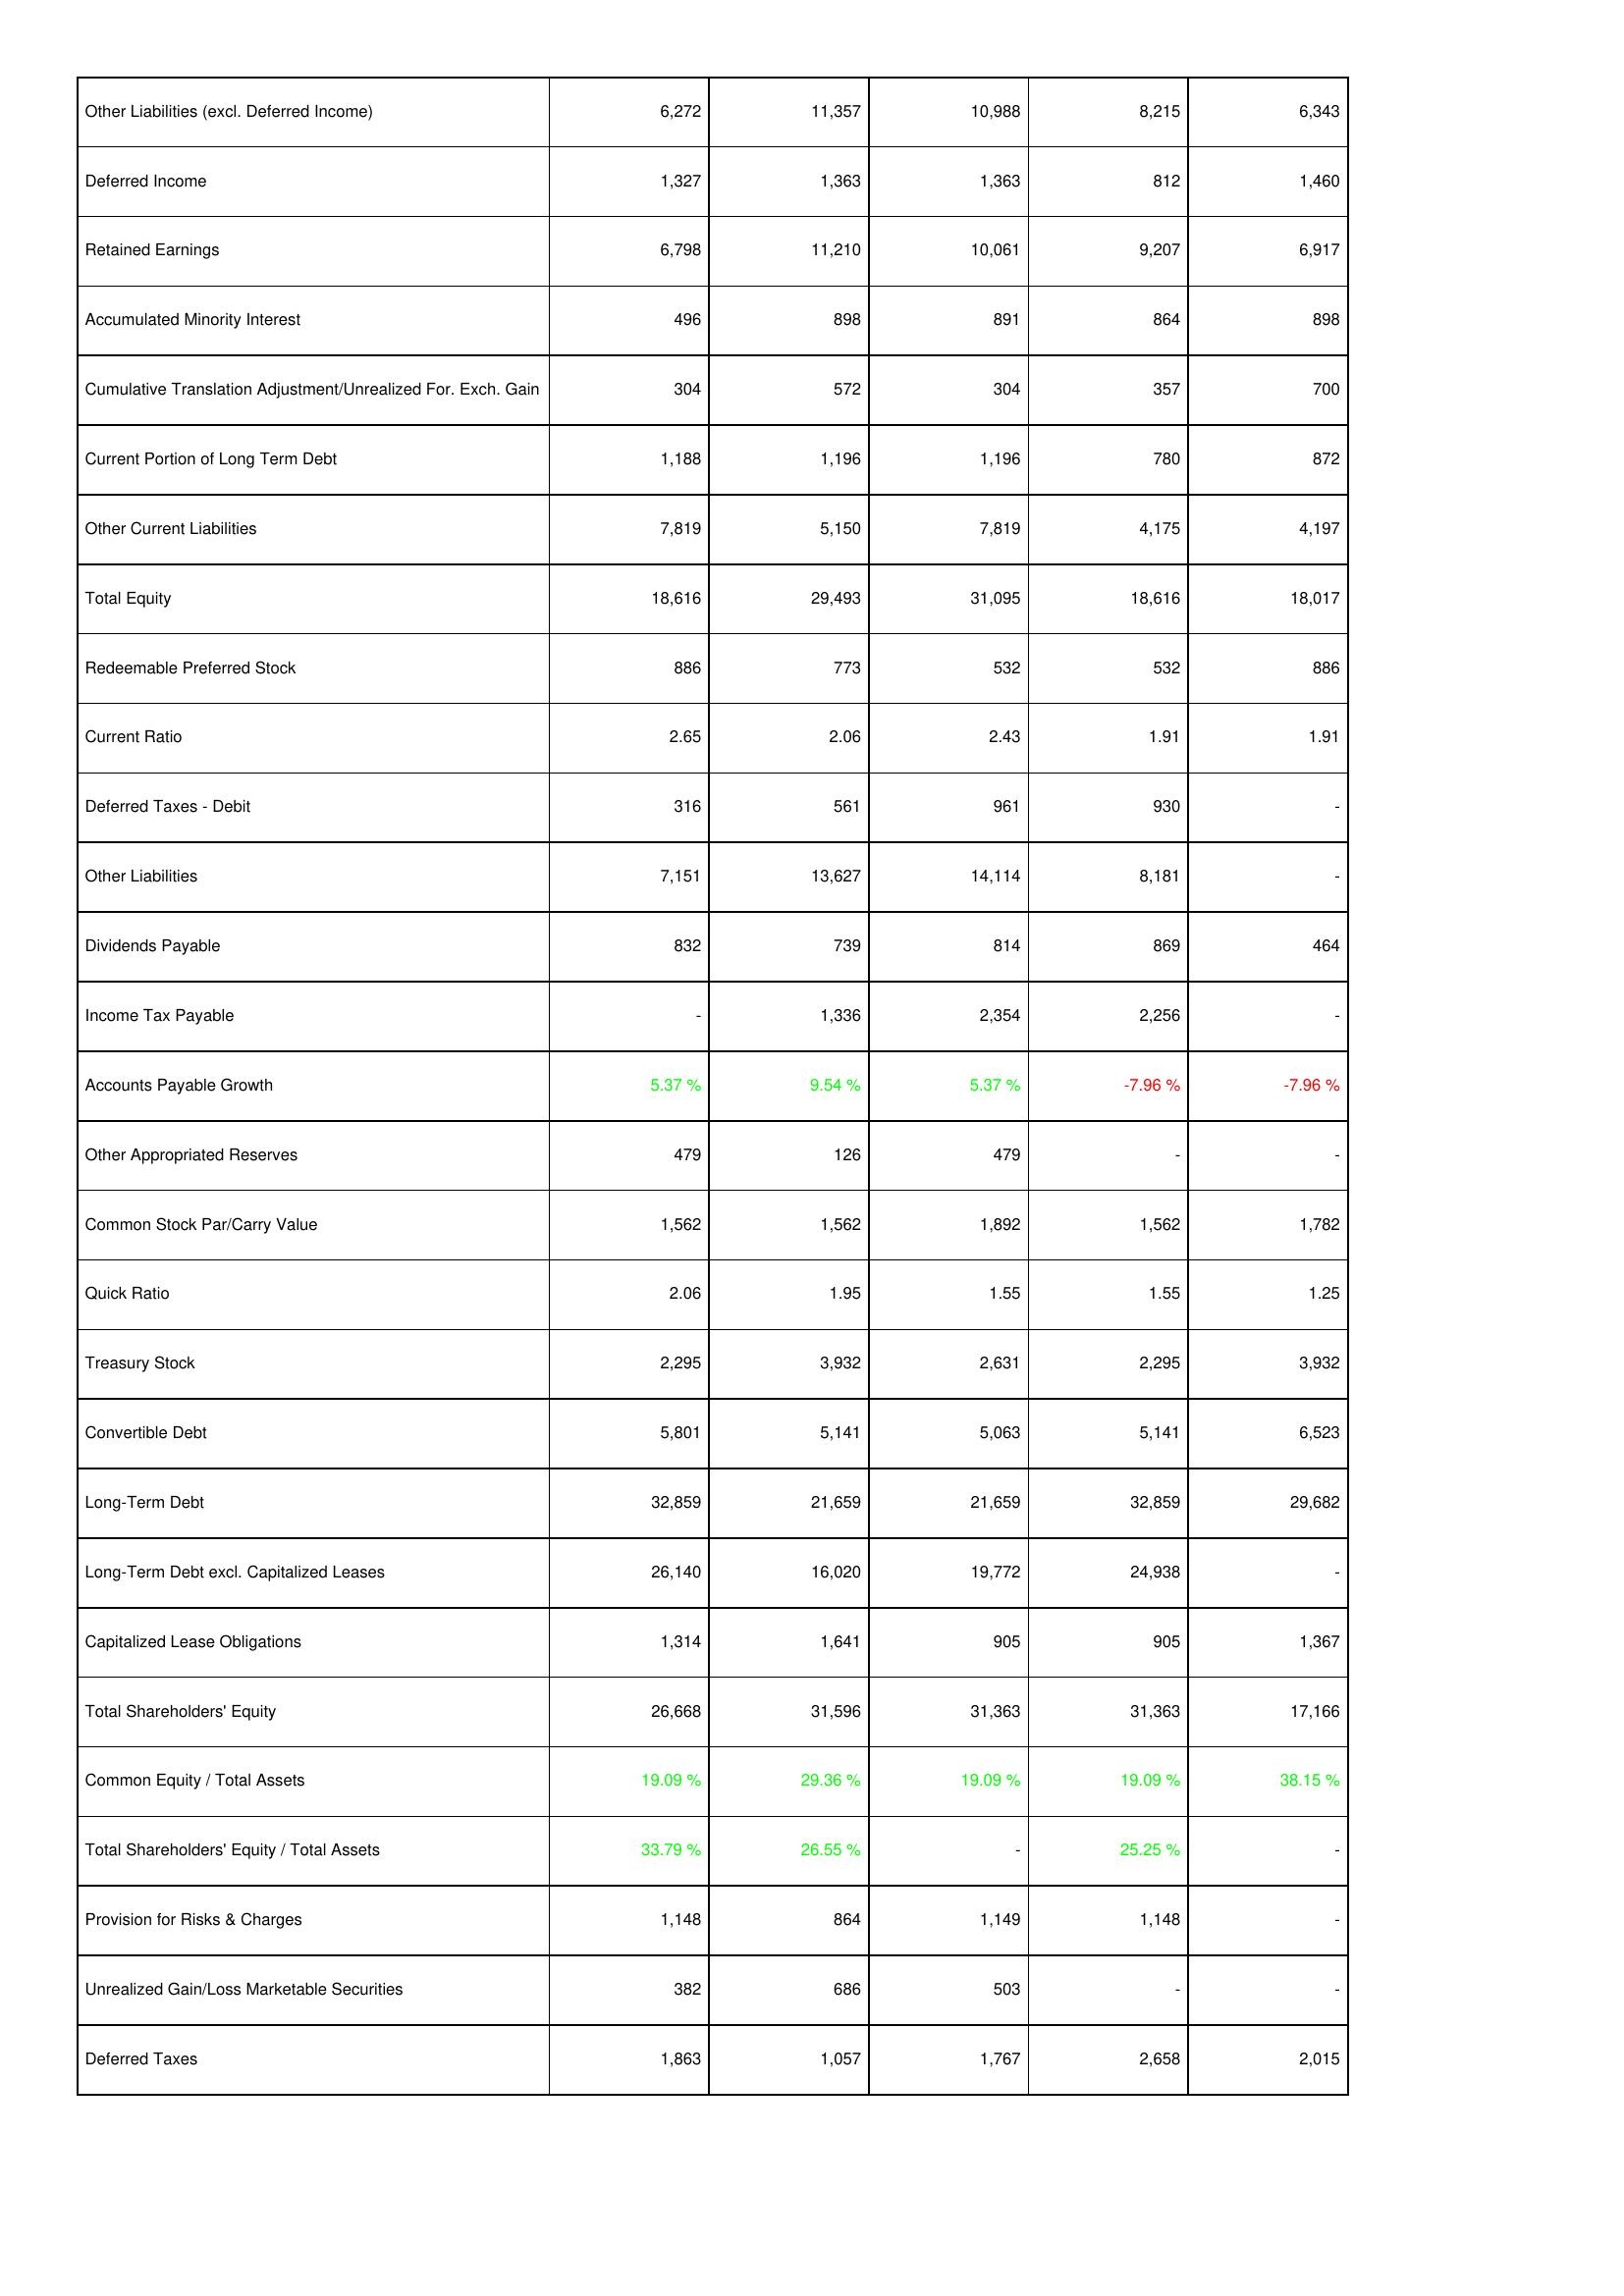
2024: Liabilities & Shareholders' Equity: Other Liabilities (excl. Deferred Income): 6,272
Deferred Income: 1,327
Retained Earnings: 6,798
Accumulated Minority Interest: 496
Cumulative Translation Adjustment/Unrealized For. Exch. Gain: 304
Current Portion of Long Term Debt: 1,188
Other Current Liabilities: 7,819
Total Equity: 18,616
Redeemable Preferred Stock: 886
Current Ratio: 2.65
Deferred Taxes - Debit: 316
Other Liabilities: 7,151
Dividends Payable: 832
Income Tax Payable: -
Accounts Payable Growth: 5.37 %
Other Appropriated Reserves: 479
Common Stock Par/Carry Value: 1,562
Quick Ratio: 2.06
Treasury Stock: 2,295
Convertible Debt: 5,801
Long-Term Debt: 32,859
Long-Term Debt excl. Capitalized Leases: 26,140
Capitalized Lease Obligations: 1,314
Total Shareholders' Equity: 26,668
Common Equity / Total Assets: 19.09 %
Total Shareholders' Equity / Total Assets: 33.79 %
Provision for Risks & Charges: 1,148
Unrealized Gain/Loss Marketable Securities: 382
Deferred Taxes: 1,863
2023: Liabilities & Shareholders' Equity: Other Liabilities (excl. Deferred Income): 11,357
Deferred Income: 1,363
Retained Earnings: 11,210
Accumulated Minority Interest: 898
Cumulative Translation Adjustment/Unrealized For. Exch. Gain: 572
Current Portion of Long Term Debt: 1,196
Other Current Liabilities: 5,150
Total Equity: 29,493
Redeemable Preferred Stock: 773
Current Ratio: 2.06
Deferred Taxes - Debit: 561
Other Liabilities: 13,627
Dividends Payable: 739
Income Tax Payable: 1,336
Accounts Payable Growth: 9.54 %
Other Appropriated Reserves: 126
Common Stock Par/Carry Value: 1,562
Quick Ratio: 1.95
Treasury Stock: 3,932
Convertible Debt: 5,141
Long-Term Debt: 21,659
Long-Term Debt excl. Capitalized Leases: 16,020
Capitalized Lease Obligations: 1,641
Total Shareholders' Equity: 31,596
Common Equity / Total Assets: 29.36 %
Total Shareholders' Equity / Total Assets: 26.55 %
Provision for Risks & Charges: 864
Unrealized Gain/Loss Marketable Securities: 686
Deferred Taxes: 1,057
2022: Liabilities & Shareholders' Equity: Other Liabilities (excl. Deferred Income): 10,988
Deferred Income: 1,363
Retained Earnings: 10,061
Accumulated Minority Interest: 891
Cumulative Translation Adjustment/Unrealized For. Exch. Gain: 304
Current Portion of Long Term Debt: 1,196
Other Current Liabilities: 7,819
Total Equity: 31,095
Redeemable Preferred Stock: 532
Current Ratio: 2.43
Deferred Taxes - Debit: 961
Other Liabilities: 14,114
Dividends Payable: 814
Income Tax Payable: 2,354
Accounts Payable Growth: 5.37 %
Other Appropriated Reserves: 479
Common Stock Par/Carry Value: 1,892
Quick Ratio: 1.55
Treasury Stock: 2,631
Convertible Debt: 5,063
Long-Term Debt: 21,659
Long-Term Debt excl. Capitalized Leases: 19,772
Capitalized Lease Obligations: 905
Total Shareholders' Equity: 31,363
Common Equity / Total Assets: 19.09 %
Total Shareholders' Equity / Total Assets: -
Provision for Risks & Charges: 1,149
Unrealized Gain/Loss Marketable Securities: 503
Deferred Taxes: 1,767
2021: Liabilities & Shareholders' Equity: Other Liabilities (excl. Deferred Income): 8,215
Deferred Income: 812
Retained Earnings: 9,207
Accumulated Minority Interest: 864
Cumulative Translation Adjustment/Unrealized For. Exch. Gain: 357
Current Portion of Long Term Debt: 780
Other Current Liabilities: 4,175
Total Equity: 18,616
Redeemable Preferred Stock: 532
Current Ratio: 1.91
Deferred Taxes - Debit: 930
Other Liabilities: 8,181
Dividends Payable: 869
Income Tax Payable: 2,256
Accounts Payable Growth: -7.96 %
Other Appropriated Reserves: -
Common Stock Par/Carry Value: 1,562
Quick Ratio: 1.55
Treasury Stock: 2,295
Convertible Debt: 5,141
Long-Term Debt: 32,859
Long-Term Debt excl. Capitalized Leases: 24,938
Capitalized Lease Obligations: 905
Total Shareholders' Equity: 31,363
Common Equity / Total Assets: 19.09 %
Total Shareholders' Equity / Total Assets: 25.25 %
Provision for Risks & Charges: 1,148
Unrealized Gain/Loss Marketable Securities: -
Deferred Taxes: 2,658
2020: Liabilities & Shareholders' Equity: Other Liabilities (excl. Deferred Income): 6,343
Deferred Income: 1,460
Retained Earnings: 6,917
Accumulated Minority Interest: 898
Cumulative Translation Adjustment/Unrealized For. Exch. Gain: 700
Current Portion of Long Term Debt: 872
Other Current Liabilities: 4,197
Total Equity: 18,017
Redeemable Preferred Stock: 886
Current Ratio: 1.91
Deferred Taxes - Debit: -
Other Liabilities: -
Dividends Payable: 464
Income Tax Payable: -
Accounts Payable Growth: -7.96 %
Other Appropriated Reserves: -
Common Stock Par/Carry Value: 1,782
Quick Ratio: 1.25
Treasury Stock: 3,932
Convertible Debt: 6,523
Long-Term Debt: 29,682
Long-Term Debt excl. Capitalized Leases: -
Capitalized Lease Obligations: 1,367
Total Shareholders' Equity: 17,166
Common Equity / Total Assets: 38.15 %
Total Shareholders' Equity / Total Assets: -
Provision for Risks & Charges: -
Unrealized Gain/Loss Marketable Securities: -
Deferred Taxes: 2,015